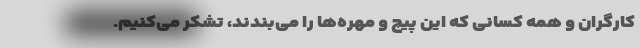
کارگران و همه‌ کسانی که این پیچ و مهره‌ها را می‌بندند، تشکر می‌کنیم.